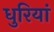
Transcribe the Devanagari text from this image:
धुरियां